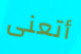
أتعنى